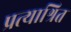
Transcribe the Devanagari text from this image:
प्रत्याश्रित